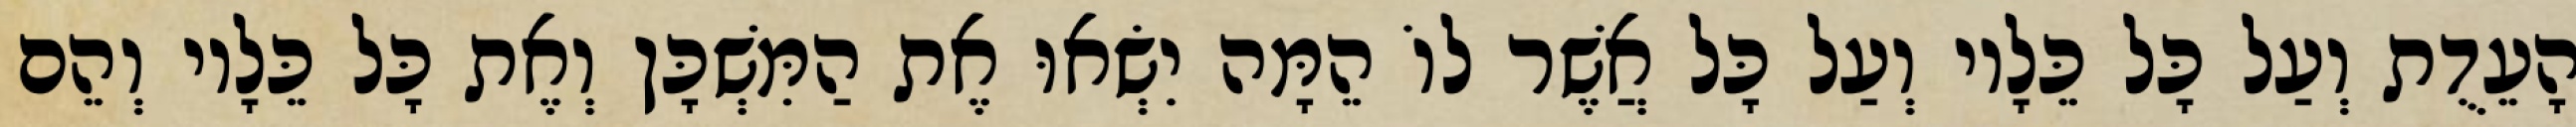
הָעֵדֻת וְעַל כָּל כֵּלָיו וְעַל כָּל אֲשֶׁר לוֹ הֵמָּה יִשְׂאוּ אֶת הַמִּשְׁכָּן וְאֶת כָּל כֵּלָיו וְהֵם